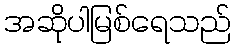
အဆိုပါမြစ်ရေသည်